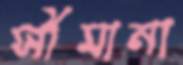
সীমানা